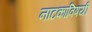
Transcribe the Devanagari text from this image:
नाटकांविषयी